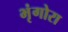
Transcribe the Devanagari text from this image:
भृंगोरा